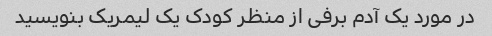
در مورد یک آدم برفی از منظر کودک یک لیمریک بنویسید